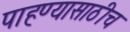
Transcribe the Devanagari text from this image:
पाहण्यासाठीच